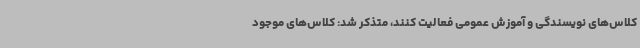
کلاس‌های نویسندگی و آموزش عمومی فعالیت کنند، متذکر شد: کلاس‌های موجود